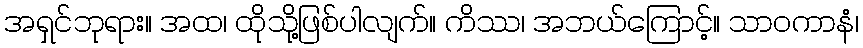
အရှင်ဘုရား။ အထ၊ ထိုသို့ဖြစ်ပါလျက်။ ကိဿ၊ အဘယ်ကြောင့်။ သာဝကာနံ၊